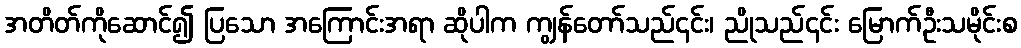
အတိတ်ကိုဆောင်၍ ပြသော အကြောင်းအရာ ဆိုပါက ကျွန်တော်သည်၄င်း၊ ညိုသည်၄င်း မြောက်ဦးသမိုင်းစ